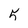
Character: 5